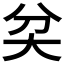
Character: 𡗯